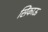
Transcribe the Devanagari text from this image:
सिंकाऊ